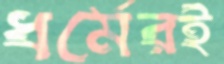
ধর্মেরই